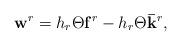
LaTeX: \begin{align*}\mathbf w^r = h_r\Theta \mathbf f^r -h_r\Theta \mathbf{\bar k}^r,\end{align*}